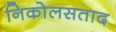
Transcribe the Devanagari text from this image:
निकोलसताद